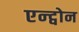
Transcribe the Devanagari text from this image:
एन्ट्वोन